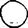
Digit: 0